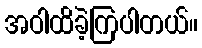
အဝါထိခဲ့ကြပါတယ်။